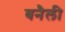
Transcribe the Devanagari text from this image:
बनैली